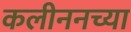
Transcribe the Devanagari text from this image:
कलीननच्या